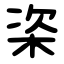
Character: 栥